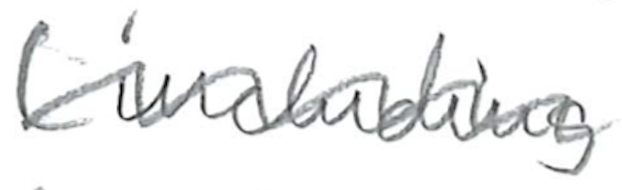
Text: (including
Cross-out: wave
Writing tool: pencil